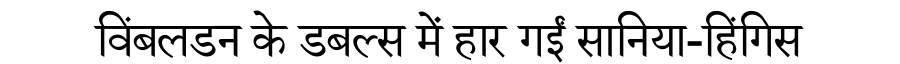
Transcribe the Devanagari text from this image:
विंबलडन के डबल्स में हार गईं सानिया-हिंगिस